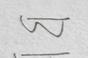
Signature authenticity: forged